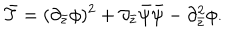
LaTeX: \bar { T } = ( \partial _ { \bar { z } } \phi ) ^ { 2 } + \partial _ { \bar { z } } \bar { \psi } \bar { \psi } - \partial _ { \bar { z } } ^ { 2 } \phi .